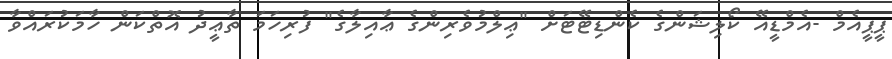
ޕީޕީއެމް -އެމްޑީއޭ ކޯލިޝަންގެ ކެންޑިޓޭޓަށް "ޢިލްމުވެރިންގެ ޢާއިލާގެ" ފުރިހަމަ ތާޢީދު އޮތްކަން ހާމަކުރައްވާ